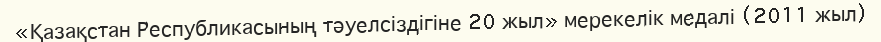
«Қазақстан Республикасының тәуелсіздігіне 20 жыл» мерекелік медалі (2011 жыл)